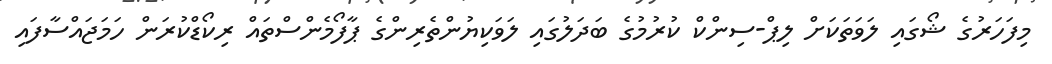
މިފަހަރުގެ ޝޯގައި ލަވަތަކަށް ލިޕް-ސިންކް ކުރުމުގެ ބަދަލުގައި ލަވަކިޔުންތެރިންގެ ޕާފޯމެންސްތައް ރިކޯޑްކުރަން ހަމަޖައްސާފައި